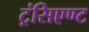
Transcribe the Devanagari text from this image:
ट्रंसिएण्ट